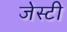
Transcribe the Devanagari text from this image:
जेस्टी